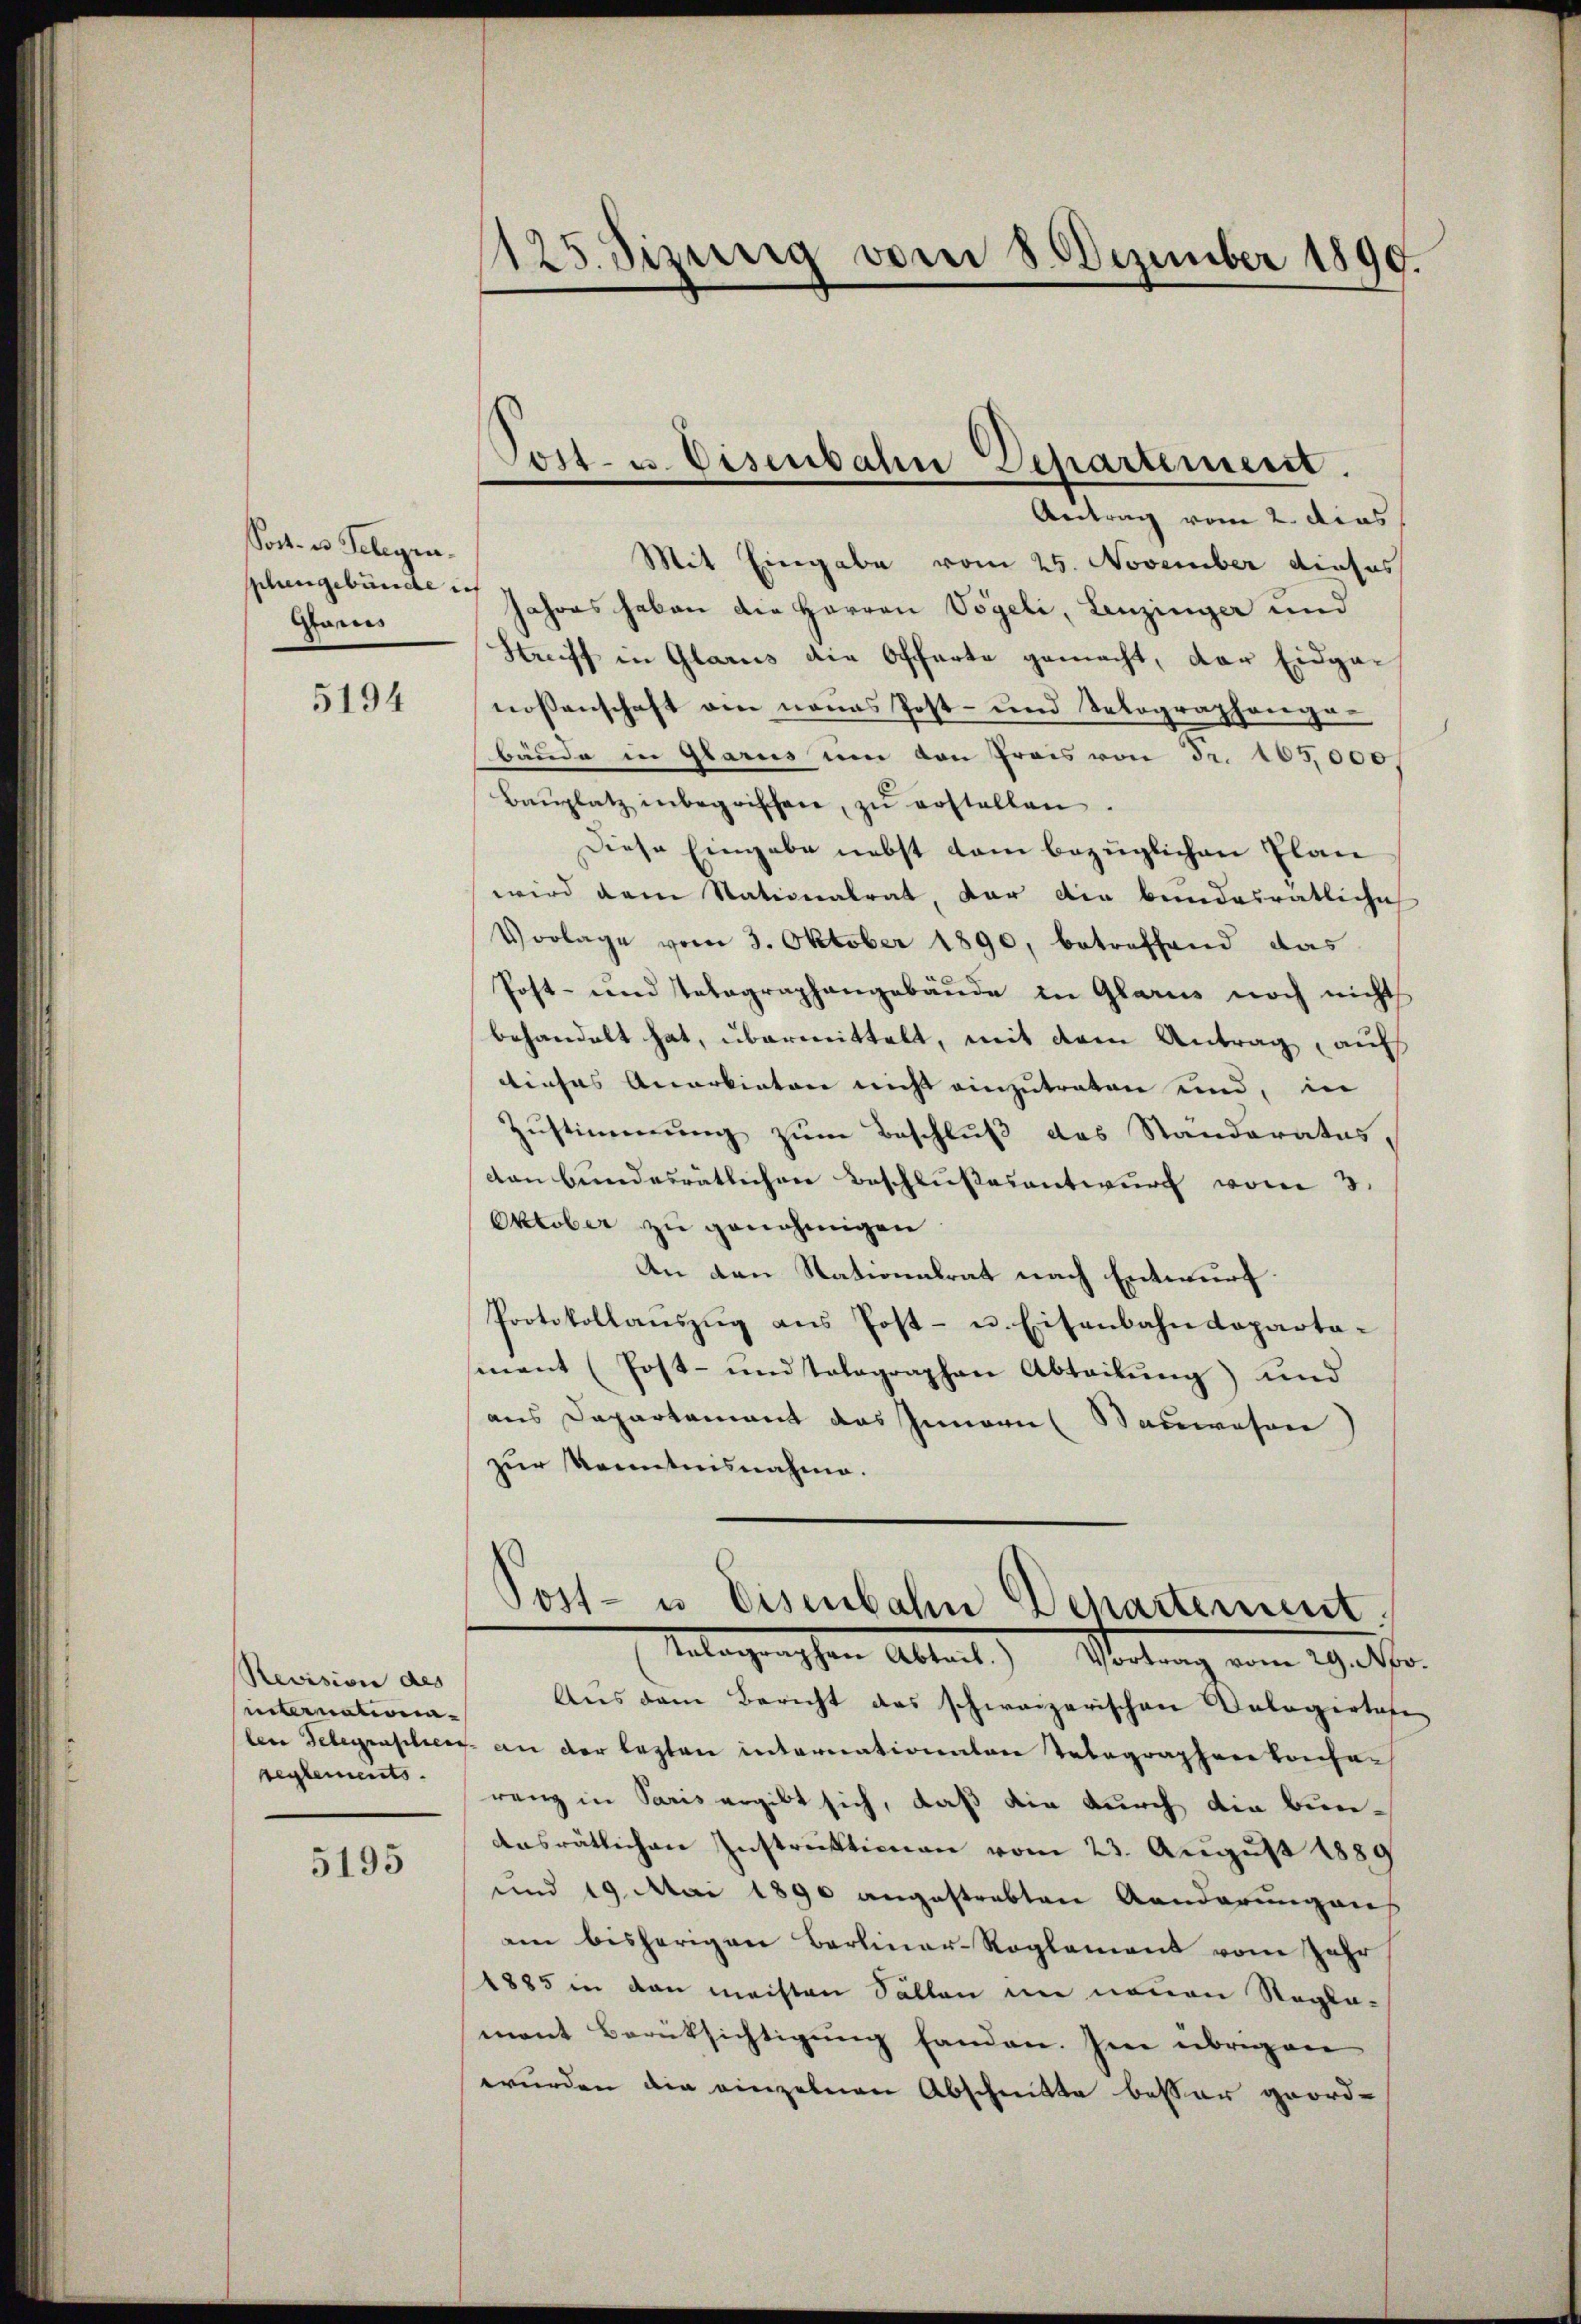
Poct. es Telegen.
schengebürde ich
Aanis

5194

Revision des |
hinternationaseglements.

5195

Mit Eingabe vom 25. November dieses
Jahres haben die Herren Vögeli, Lenzinger und
Striff in Glarus die Offarte gemacht, der Eidganossenschaft am neues Post- und Selographongabäude in Glarus um von Preis von Fr. 163,000,
Baŭplatz inbegriffen, zŭ erstellen.
Diese Eingabe nebst dem bezüglichen Plan
wird dem Nationalrat, der die bundeiratliche
Vorlage vom 3. Oktober 1890, betreffend das
Post- und Telegraphangebäude in Glarus noch nicht
behandelt hat, übermittelt, mit dem Antrag, auf
dieses Anerbieten nicht einzutreten und, in
Zustimmung zum Beschluß das Ständeratus,
dan bundesrätlichen Beschlußesentwurf vom 3.
Oktober zu genehmigen
An den Nationalrat nach Entwurf.
Protokollauszug aus Post- u. Eisenbahndepartament (Post- und tolographen Abteilŭng und
aus Departement das Innern (Sauwesen)
zur Kenntnisnahme.

1125 dizung vom 8. Dezember 1890.

Post- u. Eisenbahn Departement.
Antrag vom 2. dies

Post- u. Eisenbahn Departement
Unterganischen Altant Stetung vom Wetter.

Aus dem Bericht das schweizerischen Dologertafe
len Gelegraphiers an der Lasten internationalen Telegraphenbachen
ranz in Paris ergibt sich, daß die durch die Bunaasrätlichen Instruktionen vom 23. August 1889
und 19. Mai 1890 angestrebten Aenderungens
am bisherigen Barliner-Reglement vom Jahr
1885 in von meisten Sällen im neuen Regle-
mant Berüksichtigung fanden. Im übrigen
wurden die einzelnen Abschnitte besser geord-